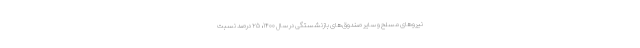
نیروهای مسلح و سایر صندوق‌های بازنشستگی در سال ۱۴۰۰، ۲۵ درصد نسبت